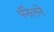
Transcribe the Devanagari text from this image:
पॅनेलने